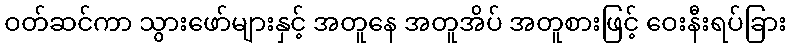
ဝတ်ဆင်ကာ သွားဖော်များနှင့် အတူနေ အတူအိပ် အတူစားဖြင့် ဝေးနီးရပ်ခြား